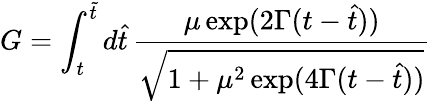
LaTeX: G=\int_{t}^{\tilde{t}}d\hat{t}\, {\frac{\mu\, \mathrm{exp}(2\Gamma(t-\hat{t}))}{\sqrt{1+\mu^{2}\, \mathrm{exp}(4\Gamma(t-\hat{t}))}}}